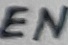
Text: EN